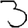
Digit: 3